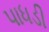
પાધડી